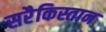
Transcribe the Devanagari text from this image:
सरैकिस्तान